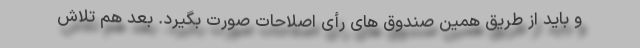
و باید از طریق همین صندوق های رأی اصلاحات صورت بگیرد. بعد هم تلاش